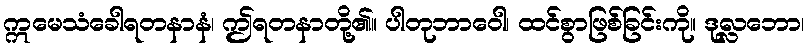
ဣမေသံခေါရတနာနံ၊ ဤရတနာတို့၏။ ပါတုဘာဝေါ၊ ထင်စွာဖြစ်ခြင်းကို။ ဒုလ္လဘော၊